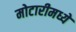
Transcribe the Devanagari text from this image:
मोटारीमध्ये